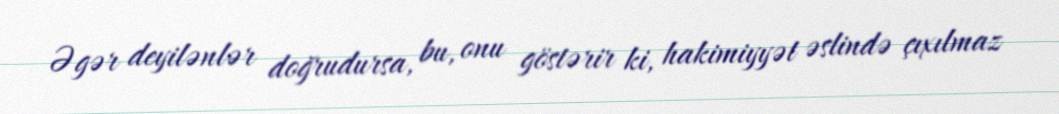
Əgər deyilənlər doğrudursa, bu, onu göstərir ki, hakimiyyət əslində çıxılmaz